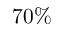
7 0 \%